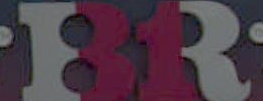
13